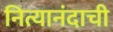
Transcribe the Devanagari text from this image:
नित्यानंदाची